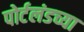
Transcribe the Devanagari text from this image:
पोर्टलंडच्या